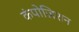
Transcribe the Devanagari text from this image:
कंपोज़िशन